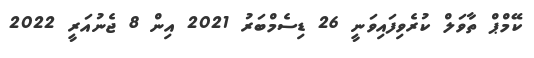
ކޭމްޕް ތާވަލް ކުރެވިފައިވަނީ 26 ޑިސެމްބަރު 2021 އިން 8 ޖެނުއަރީ 2022